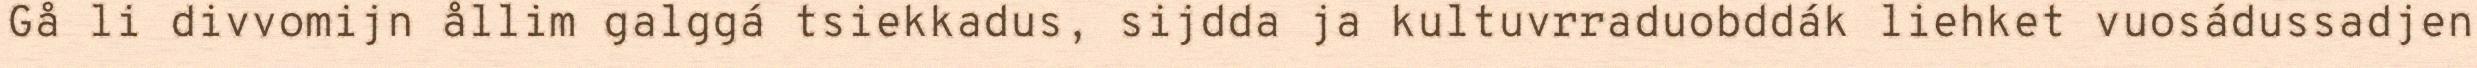
Gå li divvomijn ållim galggá tsiekkadus, sijdda ja kultuvrraduobddák liehket vuosádussadjen